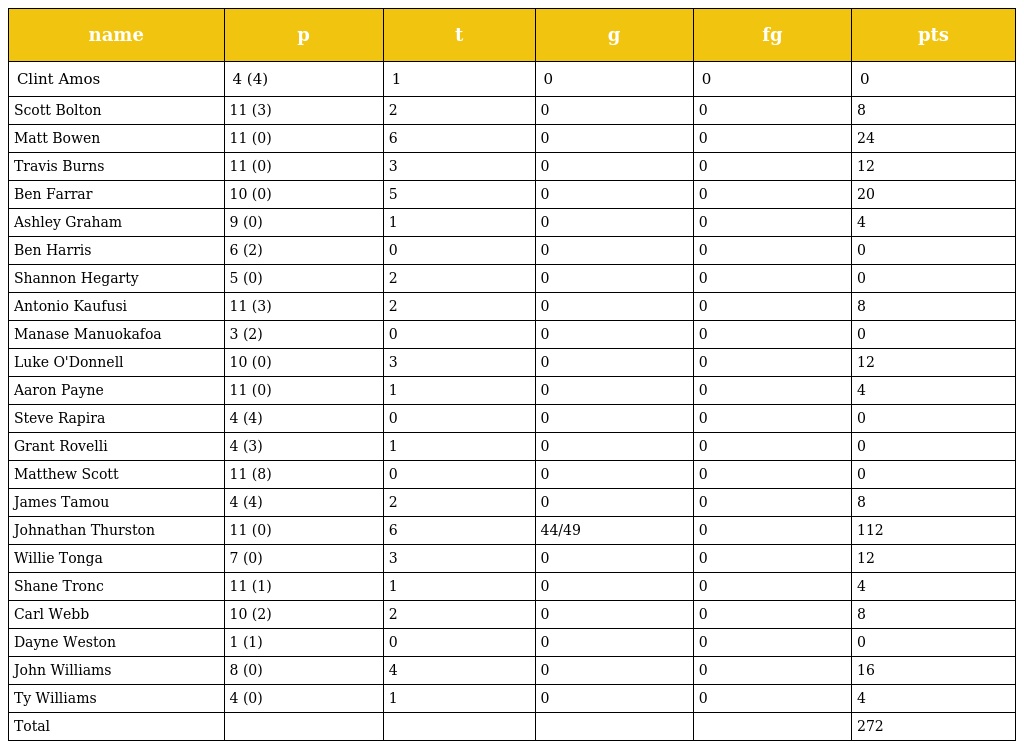
| name | p | t | g | fg | pts |
 | --- | --- | --- | --- | --- | --- |
 | Clint Amos | 4 (4) | 1 | 0 | 0 | 0 |
 | Scott Bolton | 11 (3) | 2 | 0 | 0 | 8 |
 | Matt Bowen | 11 (0) | 6 | 0 | 0 | 24 |
 | Travis Burns | 11 (0) | 3 | 0 | 0 | 12 |
 | Ben Farrar | 10 (0) | 5 | 0 | 0 | 20 |
 | Ashley Graham | 9 (0) | 1 | 0 | 0 | 4 |
 | Ben Harris | 6 (2) | 0 | 0 | 0 | 0 |
 | Shannon Hegarty | 5 (0) | 2 | 0 | 0 | 0 |
 | Antonio Kaufusi | 11 (3) | 2 | 0 | 0 | 8 |
 | Manase Manuokafoa | 3 (2) | 0 | 0 | 0 | 0 |
 | Luke O'Donnell | 10 (0) | 3 | 0 | 0 | 12 |
 | Aaron Payne | 11 (0) | 1 | 0 | 0 | 4 |
 | Steve Rapira | 4 (4) | 0 | 0 | 0 | 0 |
 | Grant Rovelli | 4 (3) | 1 | 0 | 0 | 0 |
 | Matthew Scott | 11 (8) | 0 | 0 | 0 | 0 |
 | James Tamou | 4 (4) | 2 | 0 | 0 | 8 |
 | Johnathan Thurston | 11 (0) | 6 | 44/49 | 0 | 112 |
 | Willie Tonga | 7 (0) | 3 | 0 | 0 | 12 |
 | Shane Tronc | 11 (1) | 1 | 0 | 0 | 4 |
 | Carl Webb | 10 (2) | 2 | 0 | 0 | 8 |
 | Dayne Weston | 1 (1) | 0 | 0 | 0 | 0 |
 | John Williams | 8 (0) | 4 | 0 | 0 | 16 |
 | Ty Williams | 4 (0) | 1 | 0 | 0 | 4 |
 | Total |  |  |  |  | 272 |